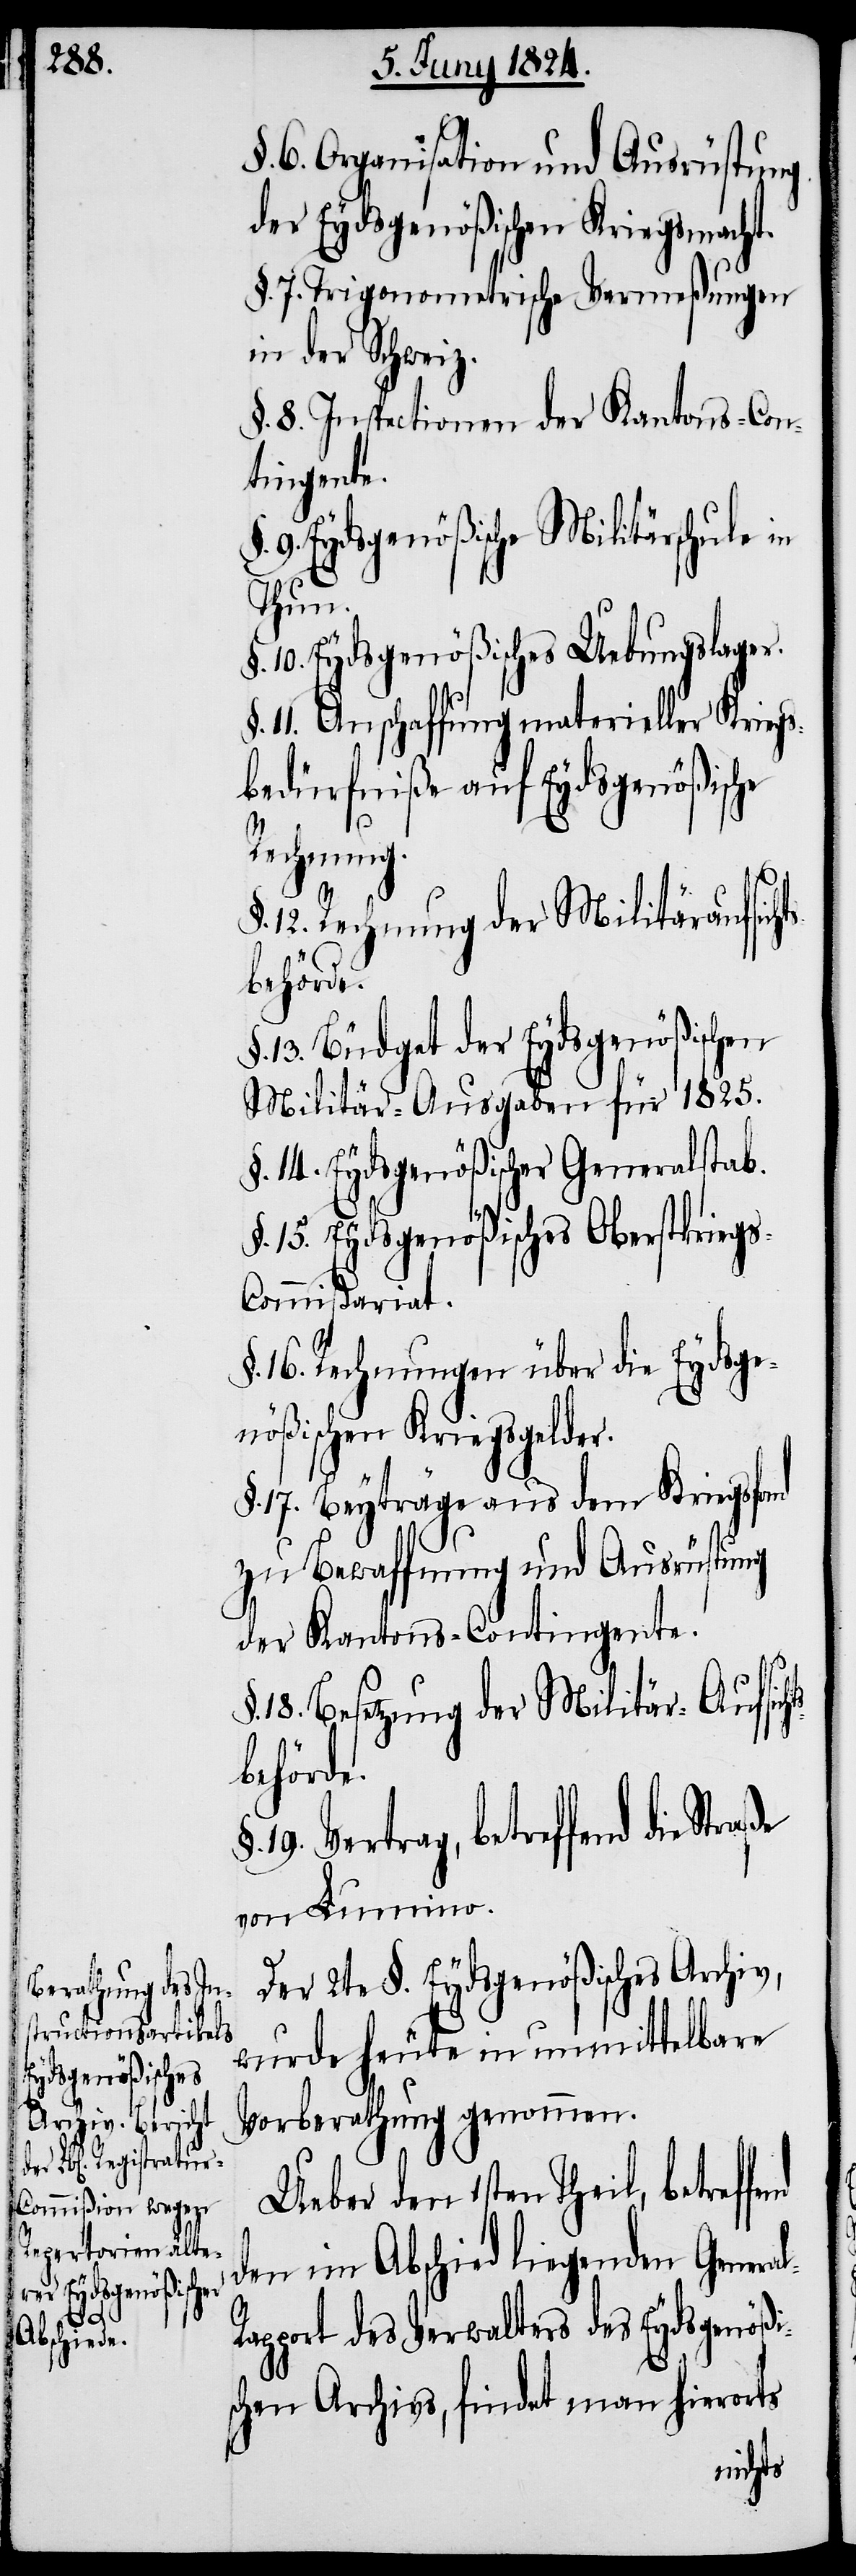
l-R¬

§. 6. Organisation und Ausrüstung
der Eydsgenößischen Kriegsmacht.
§. 7. Trigonometrische Vermeßungen
in der Schweiz.
§. 8. Inspectionen der Kantons-Con¬
tingente.
9. Eydsgenößische Militärschule in
Thun.
10. Eydsgenößisches Uebungslager.
11. Anschaffung materieller Kriegs¬
bedürfniße auf Eydsgenößische
Rechnung.
12. Rechnung der Militäraufs¬
behörde.
13. Büdget der Eydsgenößischen
Militär-Ausgaben für 1825.
§. 14. Eydsgenößischer Generalstab.
15. Eydsgenößisches Oberstkrieg¬
s-Commißariat.
16. Rechnungen über die Eydsge¬
nößischen Kriegsgelder.
§. 17. Beyträge aus dem Kriegsfond
zu Bewaffnung und Ausrüstung
der Kantons-Contingente.
18. Besetzung der Militär-Aufs¬
behörde.
19. Vertrag, betreffend die
von Lumino.
Der 2te §. Eydsgenößisches Archiv,
wurde heute in unmittelbare
Vorberathung genommen.
Ueber den 1sten Theil,
den im Abschied liegenden Genera¬
apport des Verwalters des Eydsgenößi¬
schen Archivs, findet man hierorts
ichts¬